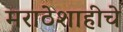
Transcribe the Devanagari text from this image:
मराठेशाहीचे